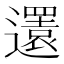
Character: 𨘣